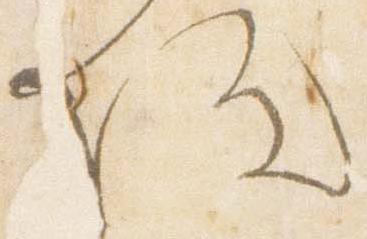
院